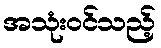
အသုံးဝင်သည့်